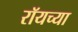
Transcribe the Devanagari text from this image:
रॉयच्या